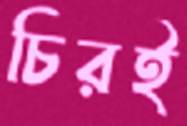
চিরই